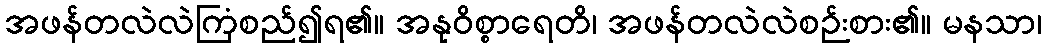
အဖန်တလဲလဲကြံစည်၍ရ၏။ အနုဝိစ္စာရေတိ၊ အဖန်တလဲလဲစဉ်းစား၏။ မနသာ၊